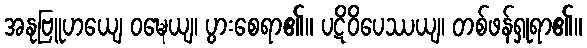
အနုဗြူဟယျေ ဝဍ္ဎေယျ၊ ပွားစေရာ၏။ ပဋိဝိပေဿယျ၊ တစ်ဖန်ရှုရာ၏။